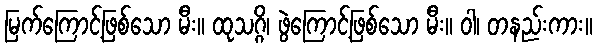
မြက်ကြောင့်ဖြစ်သော မီး။ ထုသဂ္ဂိ၊ ဖွဲကြောင့်ဖြစ်သော မီး။ ဝါ၊ တနည်းကား။